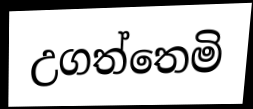
උගත්තෙමි